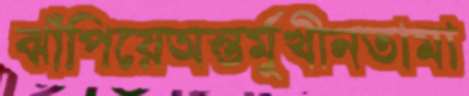
ঝাঁপিয়েঅন্তর্মুখীনতামা